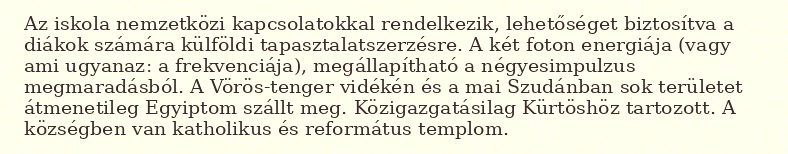
Az iskola nemzetközi kapcsolatokkal rendelkezik, lehetőséget biztosítva a diákok számára külföldi tapasztalatszerzésre. A két foton energiája (vagy ami ugyanaz: a frekvenciája), megállapítható a négyesimpulzus megmaradásból. A Vörös-tenger vidékén és a mai Szudánban sok területet átmenetileg Egyiptom szállt meg. Közigazgatásilag Kürtöshöz tartozott. A községben van katholikus és református templom.